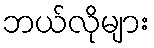
ဘယ်လိုများ